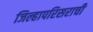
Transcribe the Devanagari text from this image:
जिल्हापरिसराची